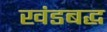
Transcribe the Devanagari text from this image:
खंडबद्ध